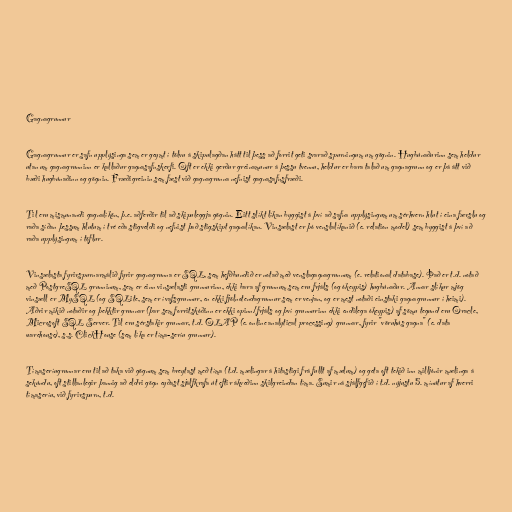
Gagnagrunnur

Gagnagrunnur er safn upplýsinga sem er geymt í tölvu á skipulagðan hátt til þess að forrit geti svarað spurningum um gögnin. Hugbúnaðurinn sem heldur
utan um gagnagrunninn er kallaður gagnasafnskerfi. Oft er ekki gerður greinamunur á þessu tvennu, heldur er bara talað um gagnagrunn og er þá átt við
bæði hugbúnaðinn og gögnin. Fræðigreinin sem fæst við gagnagrunna nefnist gagnasafnsfræði.

Til eru mismunandi gagnalíkön, þ.e. aðferðir til að skipuleggja gögnin. Eitt slíkt líkan byggist á því að safna upplýsingum um sérhvern hlut í eina færslu og
raða síðan þessum hlutum í tré eða stigveldi og nefnist það stigskipt gagnalíkan. Vinsælast er þó venslalíkanið (e. relation model) sem byggist á því að
raða upplýsingum í töflur.

Vinsælasta fyrirspurnarmálið fyrir gagnagrunna er SQL, sem hefðbundið er notað með venslagagnagrunnum (e. relational database). Það er t.d. notað
með PostgreSQL grunninum, sem er einn vinsælasti grunnurinn, ekki bara af grunnum sem eru frjáls (og ókeypis) hugbúnaður. Annar slíkur mjög
vinsæll er MySQL (og SQLite, sem er ívafsgrunnur, en ekki fjölnotendagrunnur sem er venjan, og er mest notaði einstaki gagnagrunnur í heimi).
Aðrir mikið notaðir og þekktir grunnar (þar sem forritskóðinn er ekki opinn/frjáls og því grunnurinn ekki endilega ókeypis) af sömu tegund eru Oracle,
Microsoft SQL Server. Til eru sérstakir grunnar, t.d. OLAP (e. online analytical processing) grunnar, fyrir "vöruhús gagna" (e. data
warehouse), s.s. ClickHouse (sem líka er tíma-seríu grunnur).

Tímaseríugrunnar eru til að taka við gögnum sem breytast með tíma (t.d. mælingar á hitastigi frá fullt af mælum) og geta oft tekið inn milljónir mælinga á
sekúndu, oft stillanlegir þannig að eldri gögn eyðast sjálfkrafa út eftir ákveðinn skilgreindan tíma. Sumir ná sjálfgefið í t.d. nýjustu 5. mínútur af hverri
tímaseríu, við fyrirspurn, t.d.